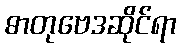
ဓာတုဗေဒဆိုင်ရာ